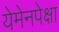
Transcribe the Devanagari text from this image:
येमेनपेक्षा